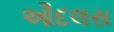
ઔદલસ